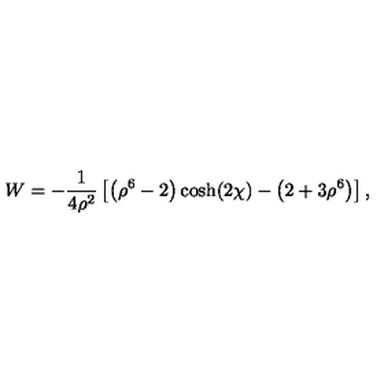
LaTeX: W = - \frac { 1 } { 4 \rho ^ { 2 } } \left[ \left( \rho ^ { 6 } - 2 \right) \cosh ( 2 \chi ) - \left( 2 + 3 \rho ^ { 6 } \right) \right] ,